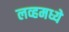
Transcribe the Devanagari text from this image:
लव्हमध्ये